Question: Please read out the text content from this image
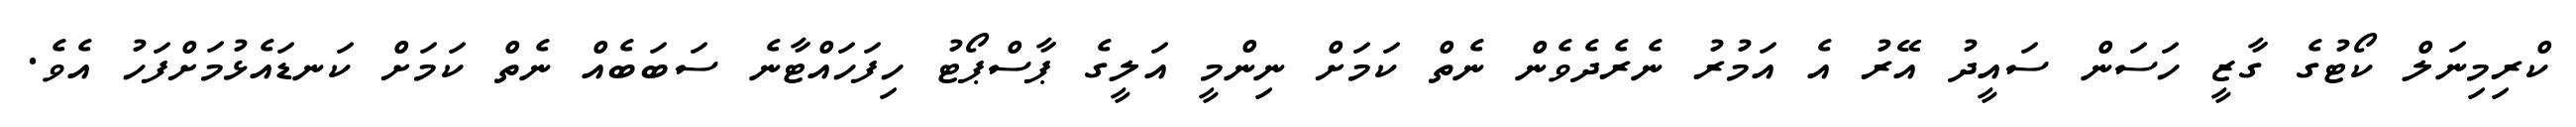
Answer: ކްރިމިނަލް ކޯޓުގެ ގާޒީ ހަސަން ސައީދު އޭރު އެ އަމުރު ނެރެދެވެން ނެތް ކަމަށް ނިންމީ އަލީގެ ޕާސްޕޯޓު ހިފަހައްޓާނެ ސަބަބެއް ނެތް ކަމަށް ކަނޑައެޅުމަށްފަހު އެވެ.